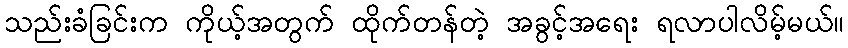
သည်းခံခြင်းက ကိုယ့်အတွက် ထိုက်တန်တဲ့ အခွင့်အရေး ရလာပါလိမ့်မယ်။